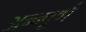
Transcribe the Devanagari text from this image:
अन्न्पूर्ण